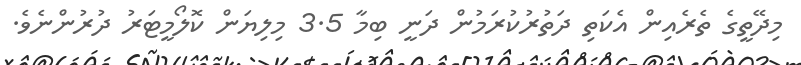
މިދޭތީގެ ތެރެއިން އެކަތި ދަތުރުކުރަމުން ދަނީ ބިމާ 3.5 މިލިޔަން ކޮލޯމީޓަރު ދުރުންނެވެ.